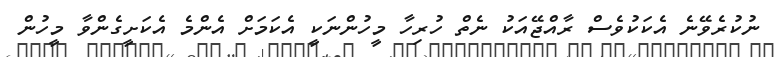
ނުކުރެވޭނެ އެކަކުވެސް ރާއްޖޭއަކު ނެތް ހުރިހާ މީހުންނަކީ އެކަމަށް އެންމެ އެކަށީގެންވާ މީހުން